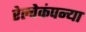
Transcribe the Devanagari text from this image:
रेल्वेकंपन्या